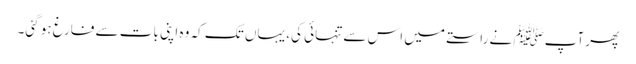
پھر آپﷺ نے راستے میں اس سے تنہائی کی، یہاں تک کہ وہ اپنی بات سے فارغ ہو گئی۔